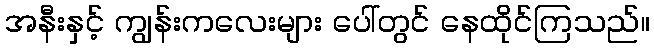
အနီးနှင့် ကျွန်းကလေးများ ပေါ်တွင် နေထိုင်ကြသည်။